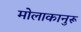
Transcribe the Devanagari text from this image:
मोलाकानुरू